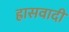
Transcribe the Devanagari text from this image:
ह्रासवादी